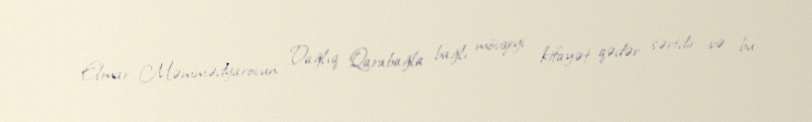
Elmar Məmmədyarovun Dağlıq Qarabağla bağlı mövqeyi kifayət qədər sərtdir və bu